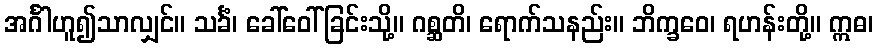
အင်္ဂါဟူ၍သာလျှင်။ သင်္ခံ၊ ခေါ်ဝေါ်ခြင်းသို့။ ဂစ္ဆတိ၊ ရောက်သနည်း။ ဘိက္ခဝေ၊ ရဟန်းတို့။ ဣဓ၊